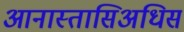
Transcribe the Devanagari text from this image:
आनास्तासिअधिस